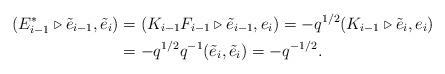
LaTeX: \begin{align*}(E_{i - 1}^{*} \triangleright \tilde{e}_{i - 1}, \tilde{e}_{i}) & =(K_{i - 1} F_{i - 1} \triangleright \tilde{e}_{i - 1}, e_{i})= - q^{1/2} (K_{i - 1} \triangleright \tilde{e}_{i}, e_{i})\\& = - q^{1/2} q^{-1} (\tilde{e}_{i}, \tilde{e}_{i}) = - q^{-1/2}.\end{align*}